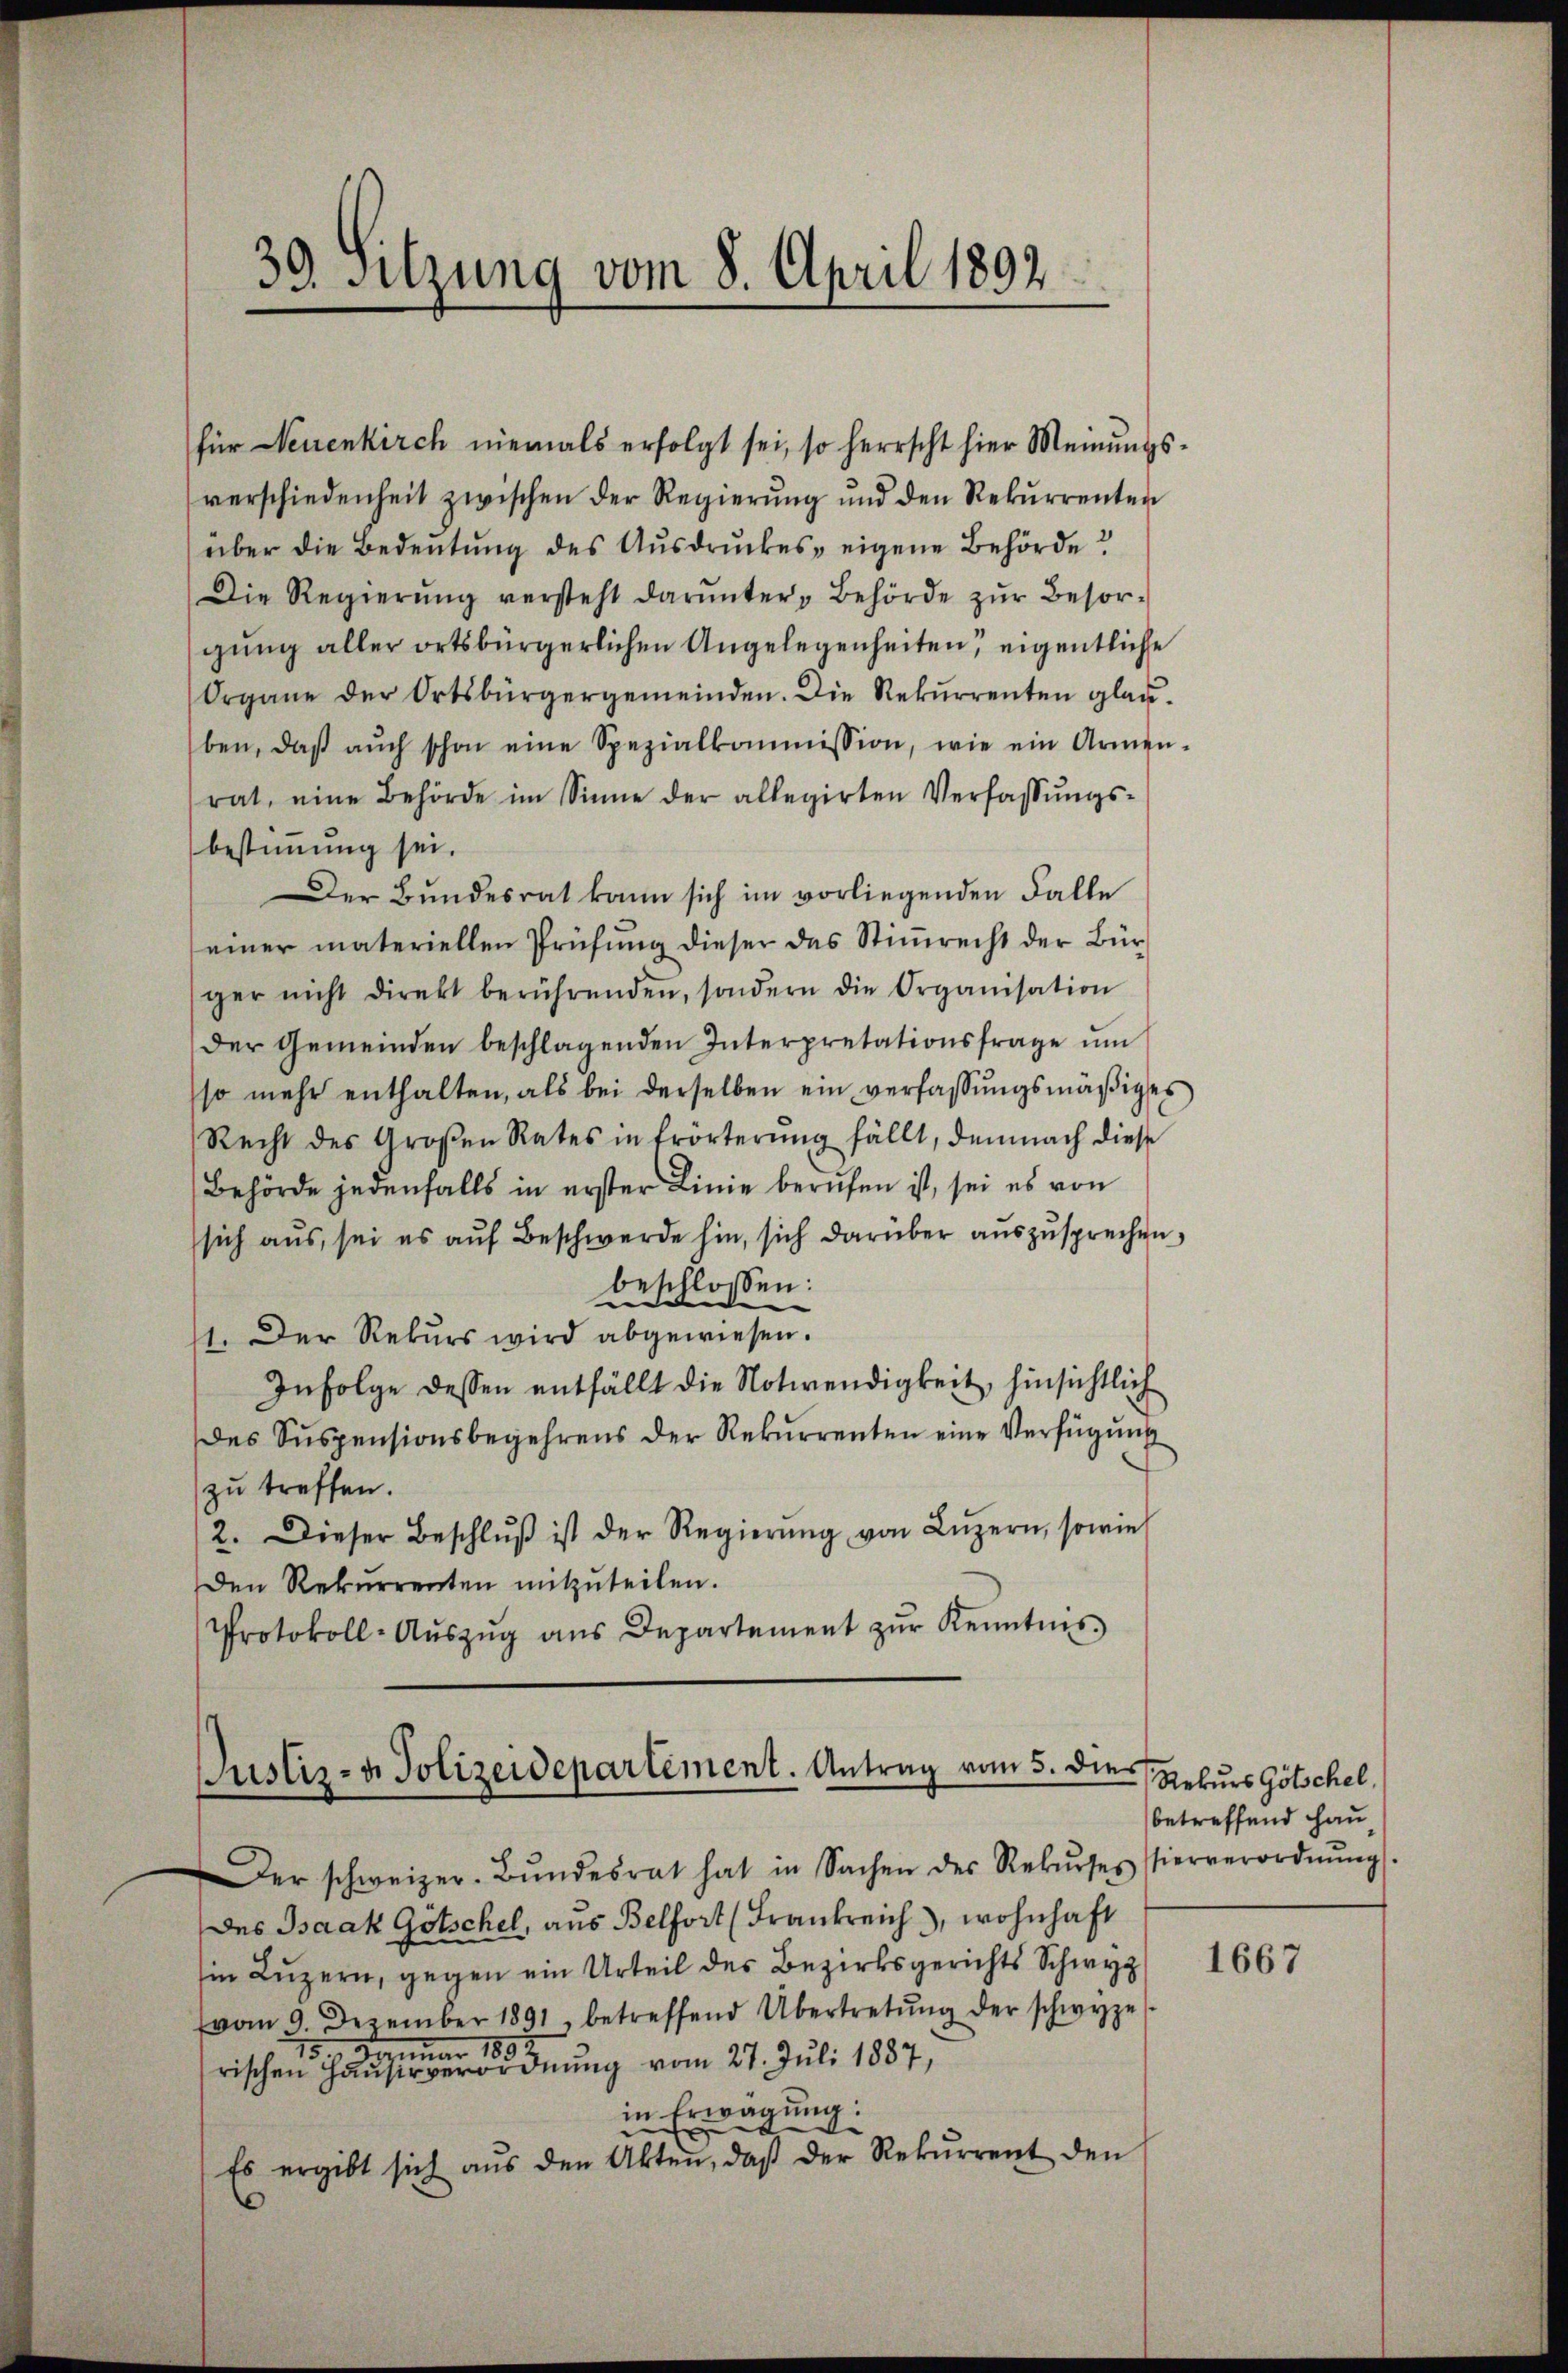
39. Sitzung vom 8. April 1892

für Neuenkirch niemals erfolgt sei, so herrscht hier Meinŭngs-
verschiedenheit zwischen der Regierŭng ŭnd den Rekŭrrenten
über die Bedeutung des Aŭsdrŭckes, eigene Behörde?
Die Regierŭng versteht darunter Behörde zŭr Besor-
gung aller ortsbürgerlichen Angelegenheiten, eigentliche
Organe der Ortsbürgergemeinden. Die Rekŭrrenten glauben, daβ aŭch schon eine Spezialkommission, wie ein Armen-
rat, eine Behörde im Sinne der allegirten Verfassŭngs-
bestimmung sei.
Der Bundesrat kann sich im vorliegenden Falle
einer materiellen Prüfŭng dieser das Stiṁrecht der Bür-
ger nicht direkt berührenden, sondern die Organisation
der Gemeinden beschlagenden Interpretationsfrage ŭm
so mehr enthalten, als bei derselben ein verfassŭngsmäßiges
Recht des Großen Rates in Erörterŭng fällt, demnach diese
Behörde jedenfalls in erster Linie berufen ist, sei es von
sich aus, sei es auf Beschwerde hin, sich darüber auszusprechen,
beschlossen:
11. Der Rekurs wird abgewiesen.
Infolge dessen entfällt die Notwendigkeit, hinsichtlich
des Suspensionsbegehrens der Rekurrenten eine Verfügung
zu treffen.
2. Dieser Beschlŭβ ist der Regierŭng von Lŭzern, sowie
Den Rekurrenten mitzuteilen.
Protokoll-Aŭszŭg ans Departement zŭr Kenntnis

Justiz- & Polizeidepartement. Antrag vom 5. dies

er schweizer-Bŭndesrat hat in Sachen des Rekŭrses hierverordnŭng.
des Baak Götschel, aus Belfort (Frankreich), wohnhaft
Ein Luzern, gegen ein Urteil des Bezirksgerichts Schwyz
vom 9. Dezember 1891 betreffend Übertretŭng der schwyze
uar 1891
37
rischen Haŭsirverordnŭng vom 27. Juli 1887,
in Erwägung:
Es ergibt sich aŭs den Akten, daβ der Rekŭrrent den

Rekurs Götschel.
betreffend Hau

1667